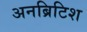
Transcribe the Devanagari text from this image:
अनब्रिटिश